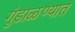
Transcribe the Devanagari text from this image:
गुंडाळण्यात